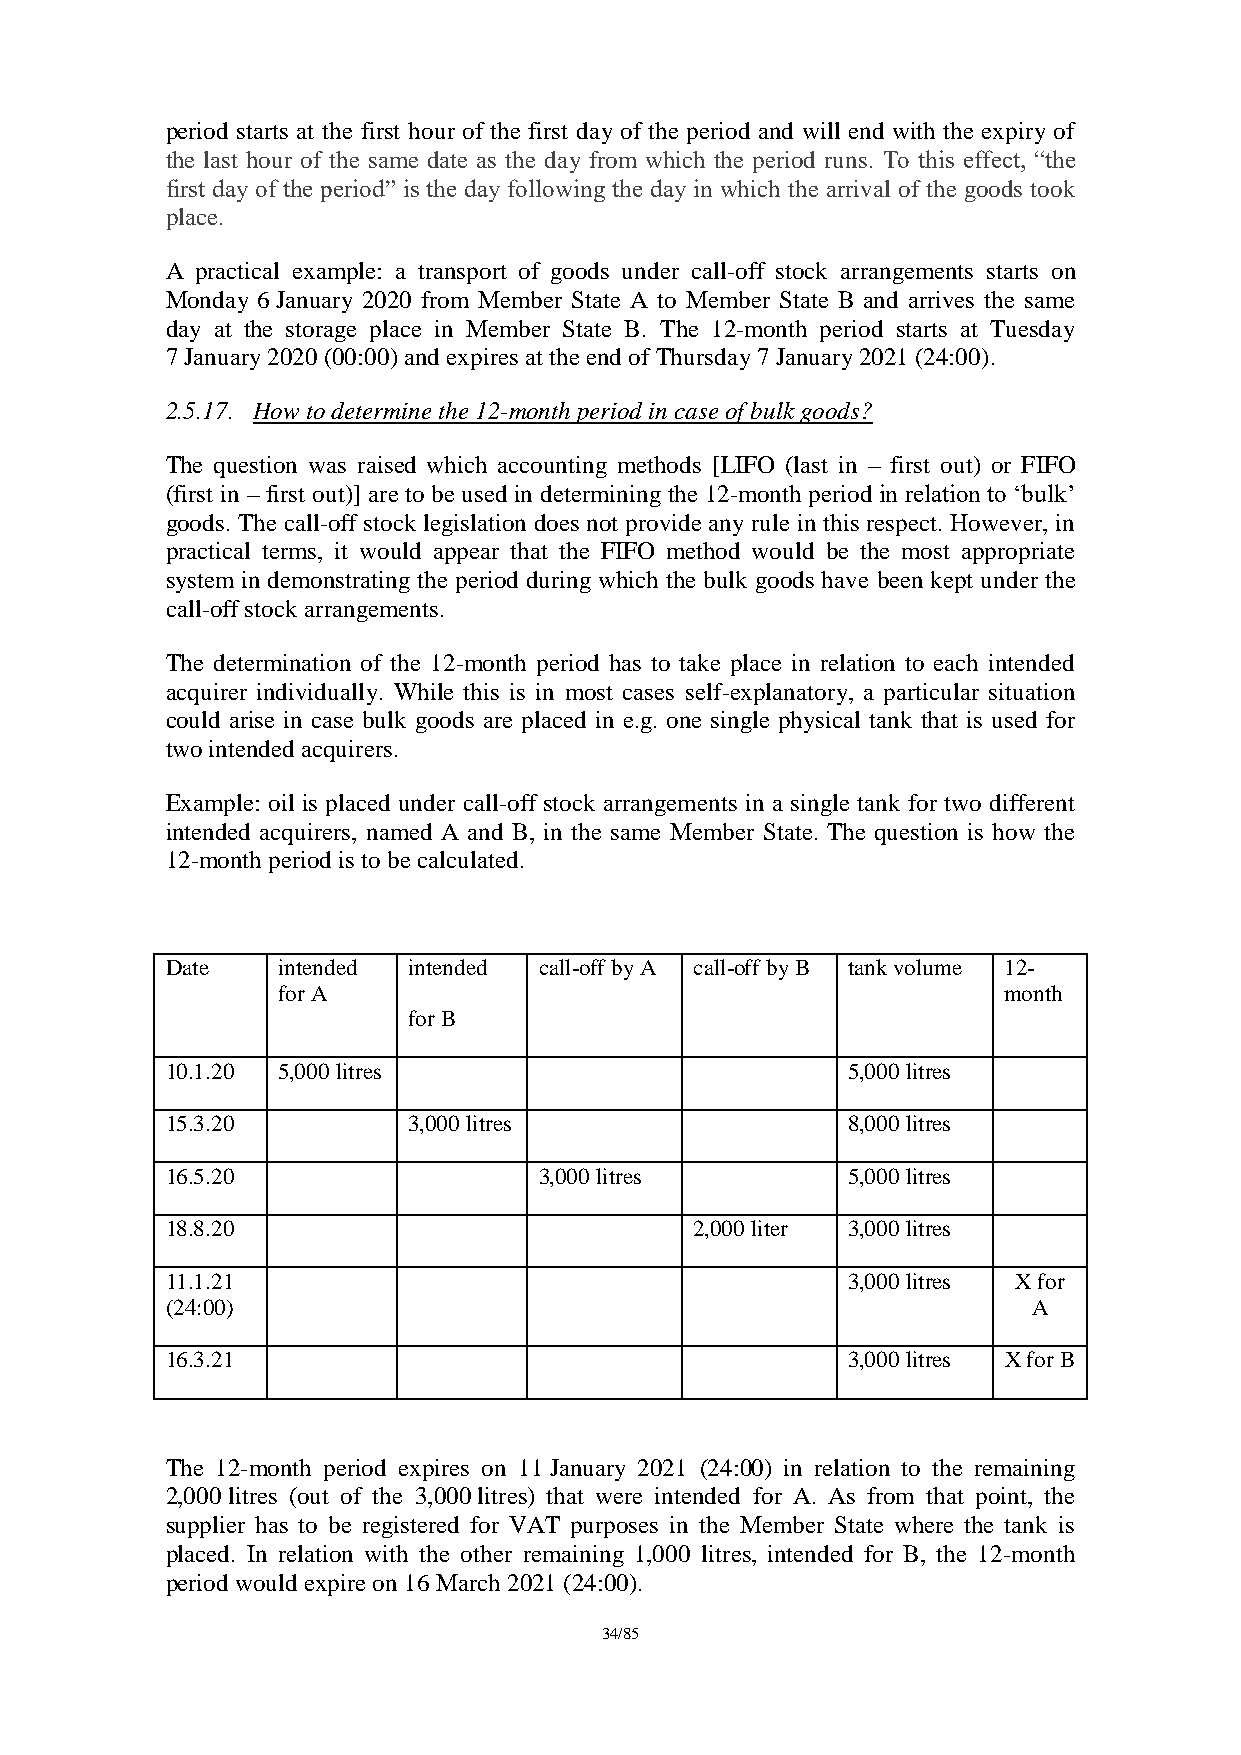
period starts at the first hour of the first day of the period and will end with the expiry of
 the last hour of the same date as the day from which the period runs. To this effect, “the
 first day of the period” is the day following the day in which the arrival of the goods took
 place.
 A practical example: a transport of goods under call-off stock arrangements starts on
 Monday 6 January 2020 from Member State A to Member State B and arrives the same
 day at the storage place in Member State B. The 12-month period starts at Tuesday
 7 January 2020 (00:00) and expires at the end of Thursday 7 January 2021 (24:00).
 2.5.17. How to determine the 12-month period in case of bulk goods?
 The question was raised which accounting methods [LIFO (last in – first out) or FIFO
 (first in – first out)] are to be used in determining the 12-month period in relation to ‘bulk’
 goods. The call-off stock legislation does not provide any rule in this respect. However, in
 practical terms, it would appear that the FIFO method would be the most appropriate
 system in demonstrating the period during which the bulk goods have been kept under the
 call-off stock arrangements.
 The determination of the 12-month period has to take place in relation to each intended
 acquirer individually. While this is in most cases self-explanatory, a particular situation
 could arise in case bulk goods are placed in e.g. one single physical tank that is used for
 two intended acquirers.
 Example: oil is placed under call-off stock arrangements in a single tank for two different
 intended acquirers, named A and B, in the same Member State. The question is how the
 12-month period is to be calculated.
 Date   intended intended call-off by A call-off by B tank volume 12-
 for A                                           month
 for B
 10.1.20 5,000 litres                         5,000 litres
 15.3.20         3,000 litres                 8,000 litres
 16.5.20                  3,000 litres        5,000 litres
 18.8.20                            2,000 liter 3,000 litres
 11.1.21                                      3,000 litres X for
 (24:00)                                                  A
 16.3.21                                      3,000 litres X for B
 The 12-month period expires on 11 January 2021 (24:00) in relation to the remaining
 2,000 litres (out of the 3,000 litres) that were intended for A. As from that point, the
 supplier has to be registered for VAT purposes in the Member State where the tank is
 placed. In relation with the other remaining 1,000 litres, intended for B, the 12-month
 period would expire on 16 March 2021 (24:00).
 34/85